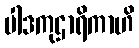
ပါဒကုဌာရိကာဟိ